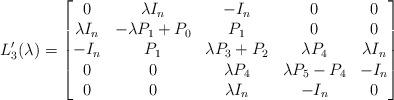
LaTeX: \begin{align*}L_3^\prime(\lambda)=\begin{bmatrix}0 & \lambda I_n & -I_n & 0 & 0 \\\lambda I_n & -\lambda P_1+P_0 & P_1 & 0 & 0 \\-I_n & P_1 & \lambda P_3+P_2 & \lambda P_4 & \lambda I_n \\0 & 0 & \lambda P_4 & \lambda P_5-P_4 & -I_n \\0 & 0 & \lambda I_n & -I_n & 0\end{bmatrix}\end{align*}